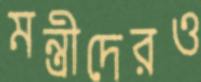
মন্ত্রীদেরও